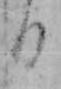
る